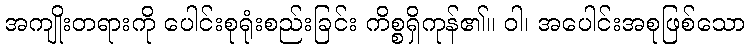
အကျိုးတရားကို ပေါင်းစုရုံးစည်းခြင်း ကိစ္စရှိကုန်၏။ ဝါ၊ အပေါင်းအစုဖြစ်သော